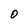
Character: 0